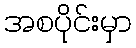
အစပိုင်းမှာ